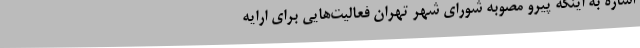
اشاره به اینکه پیرو مصوبه شورای شهر تهران فعالیت‌هایی برای ارایه